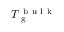
T _ { \mathrm { ~ g ~ } } ^ { \mathrm { ~ b ~ u ~ l ~ k ~ } }